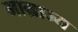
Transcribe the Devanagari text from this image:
माम्राज्य